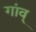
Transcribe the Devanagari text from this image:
गांव्